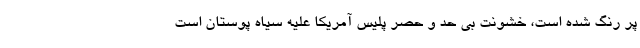
پر رنگ شده است، خشونت بی حد و حصر پلیس آمریکا علیه سیاه پوستان است